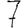
Digit: 7